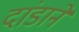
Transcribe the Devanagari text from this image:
दांडाने